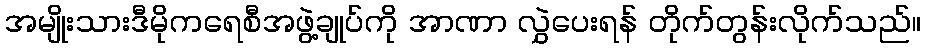
အမျိုးသားဒီမိုကရေစီအဖွဲ့ချုပ်ကို အာဏာ လွှဲပေးရန် တိုက်တွန်းလိုက်သည်။